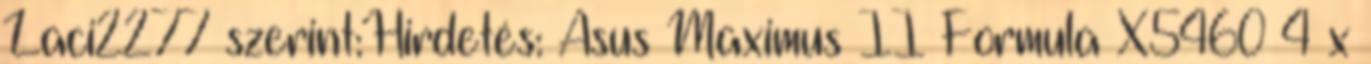
Laci2277 szerint:Hirdetés: Asus Maximus II Formula X5460 4 x